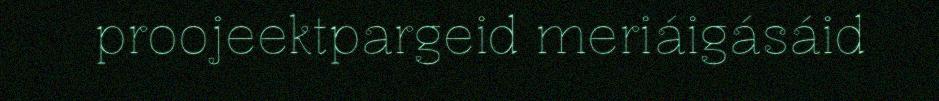
proojeektpargeid meriáigásáid